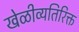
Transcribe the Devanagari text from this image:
खेळीव्यतिरिक्त